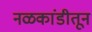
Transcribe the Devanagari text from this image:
नळकांडीतून